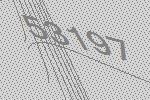
53197